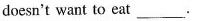
doesn't want to eat ___.